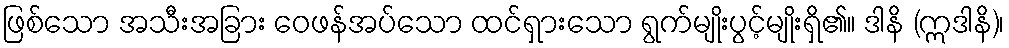
ဖြစ်သော အသီးအခြား ဝေဖန်အပ်သော ထင်ရှားသော ရွက်မျိုးပွင့်မျိုးရှိ၏။ ဒါနိ (ဣဒါနိ)၊